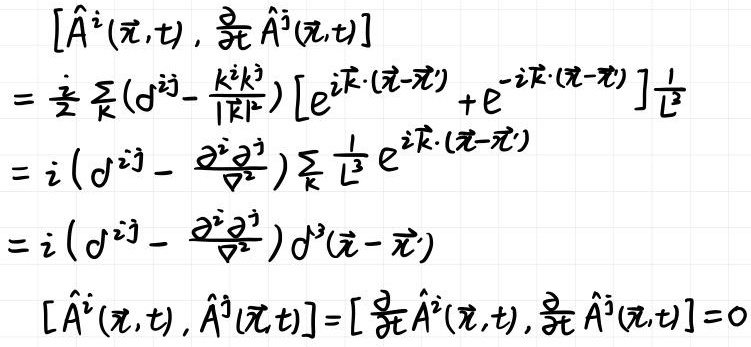
\[
\begin{align*}
&[\hat{A}^i(\vec{x},t),\frac{\partial}{\partial t}\hat{A}^j(\vec{x},t)]\\
=&\frac{i}{2}\sum_{\vec{k}}(\delta^{ij}-\frac{k^ik^j}{|\vec{k}|^2})[e^{i\vec{k}\cdot(\vec{x}-\vec{x}')}+e^{-i\vec{k}\cdot(\vec{x}-\vec{x}')}]\frac{1}{L^3}\\
=&i(\delta^{ij}-\frac{\partial^i\partial^j}{\nabla^2})\sum_{\vec{k}}\frac{1}{L^3}e^{i\vec{k}\cdot(\vec{x}-\vec{x}')}\\
=&i(\delta^{ij}-\frac{\partial^i\partial^j}{\nabla^2})\delta^3(\vec{x}-\vec{x}')\\
&[\hat{A}^i(\vec{x},t),\hat{A}^j(\vec{x},t)]=[\frac{\partial}{\partial t}\hat{A}^i(\vec{x},t),\frac{\partial}{\partial t}\hat{A}^j(\vec{x},t)] = 0
\end{align*}
\]